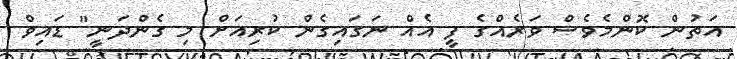
އަތުން ކޮންމެވެސް ވަރެއްގެ ފީ އެއް ނަގައިގެން ކުރިއަށް މި ގެންދަނީ" ޑައިވް